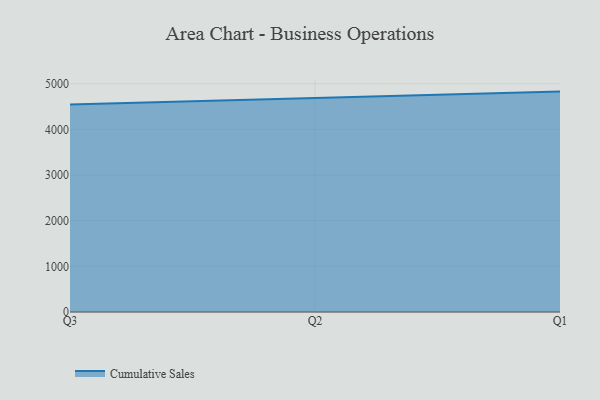
{"axis": {"x": "Quarter", "y": "Latency (ms)"}, "legend": ["Cumulative Sales"], "data": [{"x": "Q3", "y": 4545.6, "type": "Cumulative Sales"}, {"x": "Q2", "y": 4682.6, "type": "Cumulative Sales"}, {"x": "Q1", "y": 4828.8, "type": "Cumulative Sales"}]}